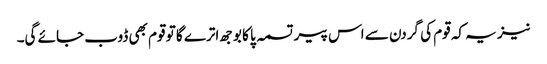
نیز یہ کہ قوم کی گردن سے اس پیر تسمہ پا کا بوجھ اترے گا تو قوم بھی ڈوب جائے گی۔